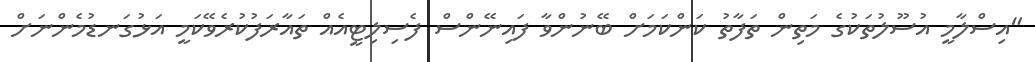
"އިސްލާމީ އުސޫލުތަކުގެ މަތިން ތަފާތު ކަންކަމަށް ބޭނުންވާ ފައިނޭންސް ފެސިލިޓީއެއް ތައާރަފުކުރެވޭކަމީ އަޅުގަނޑުމެންނަށް